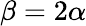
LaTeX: \beta=2\alpha